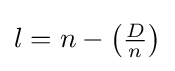
l=n-\left({\tfrac {D}{n}}\right)